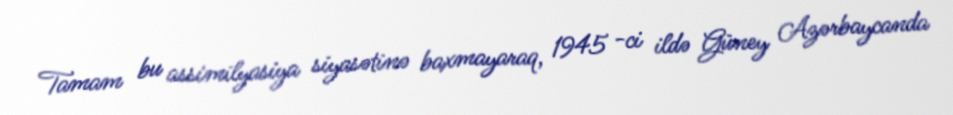
Tamam bu assimilyasiya siyasətinə baxmayaraq, 1945 -ci ildə Güney Azərbaycanda